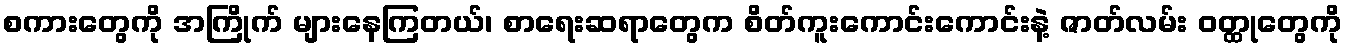
စကားတွေကို အကြိုက် များနေကြတယ်၊ စာရေးဆရာတွေက စိတ်ကူးကောင်းကောင်းနဲ့ ဇာတ်လမ်း ဝတ္ထုတွေကို